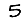
Digit: 5